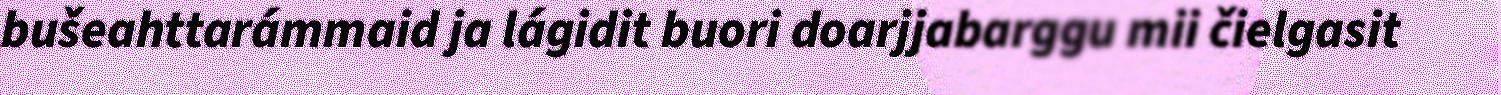
bušeahttarámmaid ja lágidit buori doarjjabarggu mii čielgasit